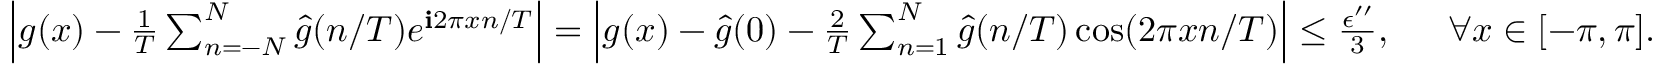
\begin{array} { r l } { \left| g ( x ) - \frac { 1 } { T } \sum _ { n = - N } ^ { N } \hat { g } ( n / T ) e ^ { \mathbf { i } 2 \pi x n / T } \right| = \left| g ( x ) - \hat { g } ( 0 ) - \frac { 2 } { T } \sum _ { n = 1 } ^ { N } \hat { g } ( n / T ) \cos ( 2 \pi x n / T ) \right| \le \frac { \epsilon ^ { \prime \prime } } { 3 } , ~ } & { ~ \forall x \in [ - \pi , \pi ] . } \end{array}